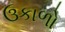
ઉકાળો